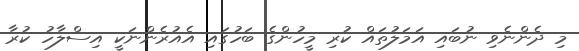
މި ދެންނެވި ނުބައި އަމަލުތައް ކުރި މީހުންގެ ބަހުގައި އެއުރެންނަކީ އިސްލާހު ކުރާ